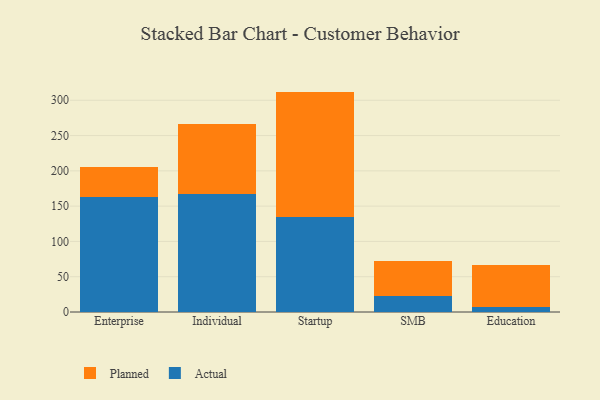
{"axis": {"x": "Segment", "y": "Production Output"}, "legend": ["Actual", "Planned"], "data": [{"x": "Enterprise", "y": 162.4, "type": "Actual"}, {"x": "Enterprise", "y": 42.9, "type": "Planned"}, {"x": "Individual", "y": 166.6, "type": "Actual"}, {"x": "Individual", "y": 99.3, "type": "Planned"}, {"x": "Startup", "y": 135.2, "type": "Actual"}, {"x": "Startup", "y": 177.1, "type": "Planned"}, {"x": "SMB", "y": 22.4, "type": "Actual"}, {"x": "SMB", "y": 50.2, "type": "Planned"}, {"x": "Education", "y": 7.8, "type": "Actual"}, {"x": "Education", "y": 59.5, "type": "Planned"}]}